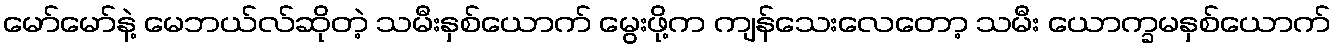
မော်မော်နဲ့ မေဘယ်လ်ဆိုတဲ့ သမီးနှစ်ယောက် မွေးဖို့က ကျန်သေးလေတော့ သမီး ယောက္ခမနှစ်ယောက်